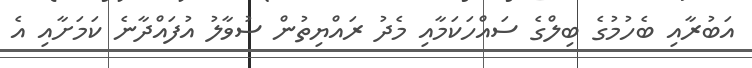
އަބުރާއި ބެހުމުގެ ބިލްގެ ސައްހަކަމާއި މެދު ރައްޔިތުން ސުވާލު އުފައްދާނެ ކަމަށާއި އެ